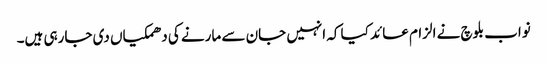
نواب بلوچ نے الزام عائد کیا کہ انہیں جان سے مارنے کی دھمکیاں دی جارہی ہیں۔